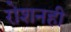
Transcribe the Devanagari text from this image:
रोशनही